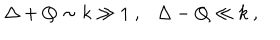
LaTeX: \Delta + Q \sim k \gg 1 ~ , \Delta - Q \ll k ~ ,